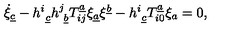
\dot { \xi } _ { \underline { { c } } } - { h } _ { \ \underline { { c } } } ^ { i } { h } _ { \ \underline { { b } } } ^ { j } T _ { i j } ^ { \underline { { a } } } \xi _ { \underline { { a } } } \xi ^ { \underline { { b } } } - { h } _ { \ \underline { { c } } } ^ { i } T _ { i 0 } ^ { \underline { { a } } } \xi _ { { a } } = 0 ,